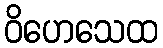
ဝိဟေသေထ